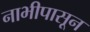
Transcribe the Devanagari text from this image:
नाभीपासून